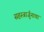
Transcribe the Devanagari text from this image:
सहस्त्रार्जुनाचा